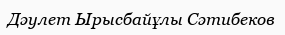
Дәулет Ырысбайұлы Сәтибеков